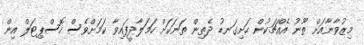
މިޒުވާނާއަށް ތޫނު އެއްޗަކުން ހަށިގަނޑު ދެތިން ތަނަކަށް ހަމަލާދީފައިވާ ކަމަށްވެސް ހޮސްޕިޓަލް އިން